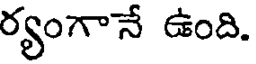
ర్యంగానే ఉంది.